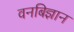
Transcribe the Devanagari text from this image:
वनबिज्ञान